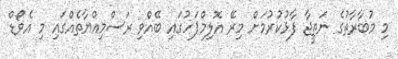
މި މުބާރާތުގެ ނަތީޖާ ފާޅުކުރުމަށް މިރޭ އޮލިމްޕަހުގައި ބޭއްވި ރަސްމިއްޔާތެއްގައި މި އެވޯޑް